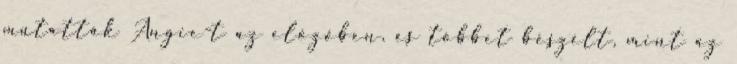
mutatták Angie-t az előzőben, és többet beszélt, mint az